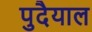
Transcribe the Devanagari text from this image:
पुदैयाल